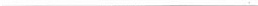
___